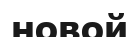
новой